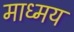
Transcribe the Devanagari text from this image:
माध्मय